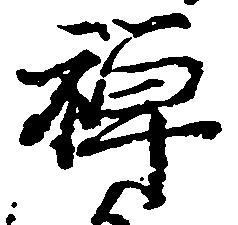
禅